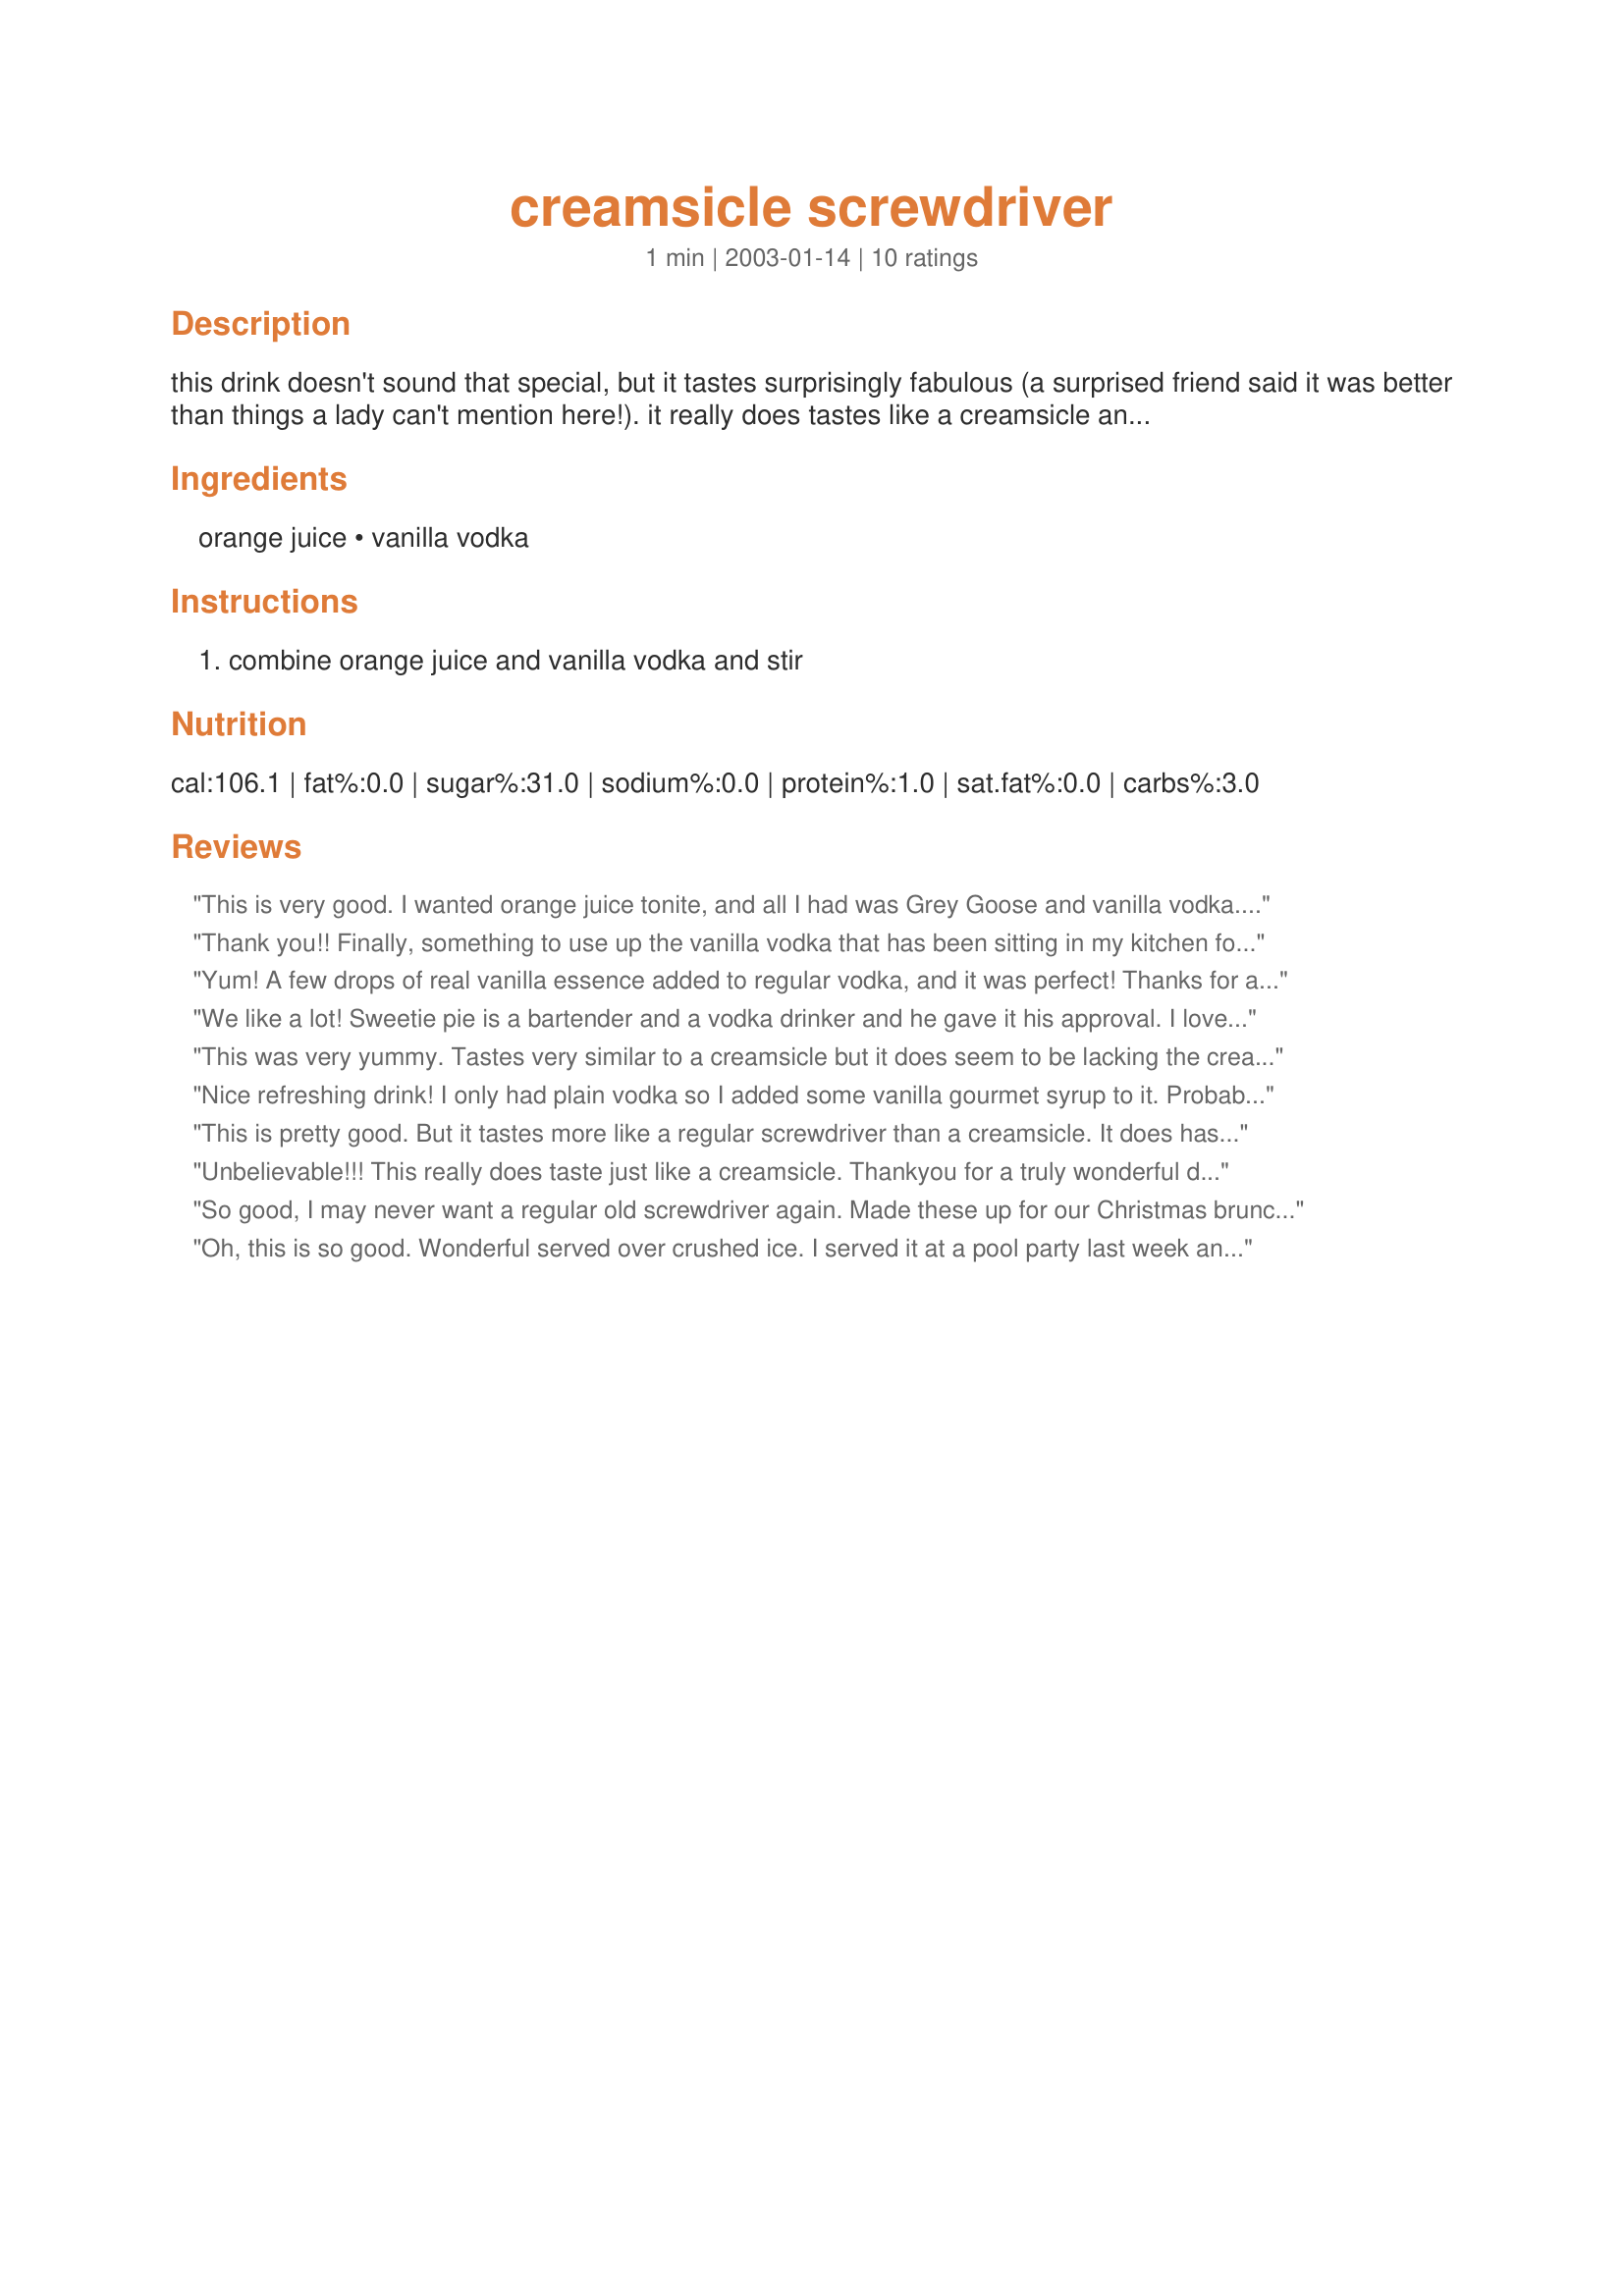
creamsicle screwdriver
Preparation time: 1 minutes

this drink doesn't sound that special, but it tastes surprisingly fabulous (a surprised friend said it was better than things a lady can't mention here!). it really does tastes like a creamsicle and goes down very smoothly. perfect for a ladies night!

Ingredients:
orange juice, vanilla vodka

Steps:
combine orange juice and vanilla vodka and stir

Reviews:
This is very good. I wanted orange juice tonite, and all I had was Grey Goose and vanilla vodka. This worked perfectly. I added a few cubes of ice, and I have a delicious drink tonite. Thanks, TonyD.
Thank you!! Finally, something to use up the vanilla vodka that has been sitting in my kitchen forever. And it's pretty tasty as well:). I'll probably make this one again.
Yum! A few drops of real vanilla essence added to regular vodka, and it was perfect! Thanks for a keeper.
We like a lot! Sweetie pie is a bartender and a vodka drinker and he gave it his approval. I love all things creamsicle-esque, so much that i have my shower gel, lotion and perfume custom made to smell like creamsicle, so I of course LOVED it! Next time I might try the addition of cream. Thanks for posting!
This was very yummy. Tastes very similar to a creamsicle but it does seem to be lacking the creamy taste. May try another one with a little scoop of vanilla ice cream.
Nice refreshing drink! I only had plain vodka so I added some vanilla gourmet syrup to it. Probably will make again.
This is pretty good. But it tastes more like a regular screwdriver than a creamsicle. It does has some vanilla flavor, but really needs some kind of creamy flavor added to make this perfect. Perhaps an ounce of heavy cream? I will try adding that next time. Thanks for posting!
Unbelievable!!! This really does taste just like a creamsicle. Thankyou for a truly wonderful drink.
So good, I may never want a regular old screwdriver again. Made these up for our Christmas brunch before the onslaught of well-wishers.
Oh, this is so good. Wonderful served over crushed ice. I served it at a pool party last week and it was a big hit. Everyone on the island is now hunting for vanilla vodka. It tastes like dessert so be careful.
